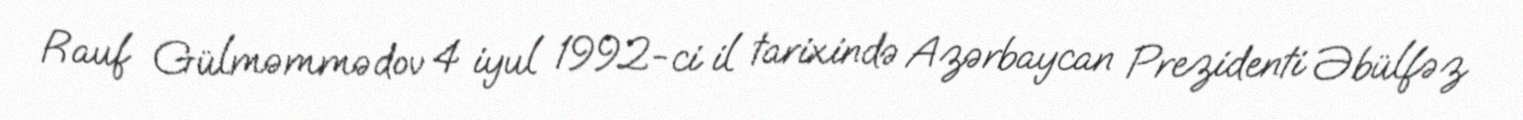
Rauf Gülməmmədov 4 iyul 1992-ci il tarixində Azərbaycan Prezidenti Əbülfəz